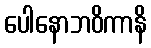
ပေါနောဘဝိကာနိ